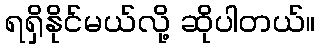
ရရှိနိုင်မယ်လို့ ဆိုပါတယ်။